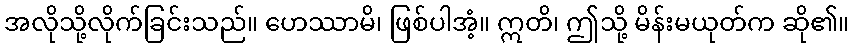
အလိုသို့လိုက်ခြင်းသည်။ ဟေဿာမိ၊ ဖြစ်ပါအံ့။ ဣတိ၊ ဤသို့ မိန်းမယုတ်က ဆို၏။